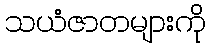
သယံဇာတများကို